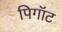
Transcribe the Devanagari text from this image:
पिगॉट